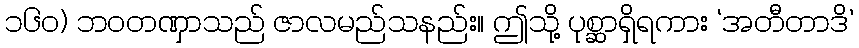
၁၆၀) ဘဝတဏှာသည် ဇာလမည်သနည်း။ ဤသို့ ပုစ္ဆာရှိရကား ‘အတီတာဒိ’